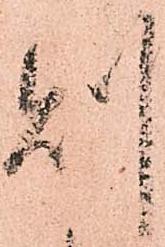
則